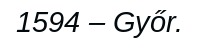
1594 – Győr.